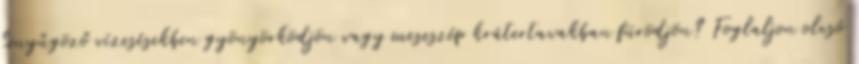
lenyűgöző vízesésekben gyönyörködjön vagy meseszép krátertavakban fürödjön? Foglaljon olcsó